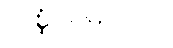
ပုဏ္ဏသမာဂတံ